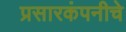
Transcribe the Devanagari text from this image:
प्रसारकंपनीचे